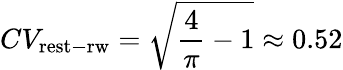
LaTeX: CV_{\mathrm{rest-rw}}=\sqrt{\frac{4}{\pi}-1}\approx 0.52